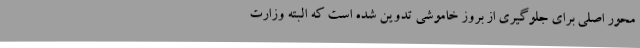
محور اصلی برای جلوگیری از بروز خاموشی تدوین شده است که البته وزارت